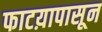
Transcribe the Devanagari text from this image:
फाटय़ापासून